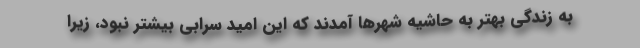
به زندگي بهتر به حاشيه شهرها آمدند كه اين اميد سرابي بيشتر نبود، زيرا